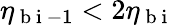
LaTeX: \eta_{\mathrm{~b~i~}-1}<2\eta_{\mathrm{~b~i~}}